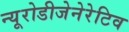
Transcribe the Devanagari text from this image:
न्यूरोडीजेनेरेटिव